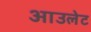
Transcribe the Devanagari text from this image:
आउलेट